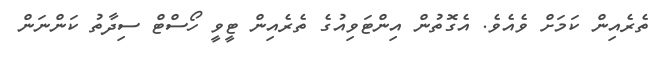
ތެރެއިން ކަމަށް ވެއެވެ. އެގޮތުން އިންޓަވިއުގެ ތެރެއިން ޓީވީ ހޯސްޓް ސިދާތު ކަންނަން